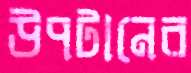
উপটানের